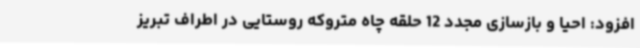
افزود: احیا و بازسازی مجدد 12 حلقه چاه متروکه روستایی در اطراف تبریز